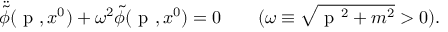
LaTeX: \ddot { \tilde { \phi } } ( \mathrm { \boldmath ~ p ~ } , x ^ { 0 } ) + \omega ^ { 2 } \tilde { \phi } ( \mathrm { \boldmath ~ p ~ } , x ^ { 0 } ) = 0 \qquad ( \omega \equiv \sqrt { \mathrm { \boldmath ~ p ~ } ^ { 2 } + m ^ { 2 } } > 0 ) .